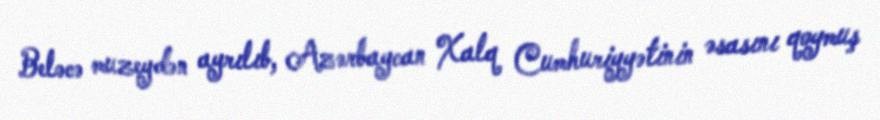
Beləcə muzeydən ayrılıb, Azərbaycan Xalq Cumhuriyyətinin əsasını qoymuş